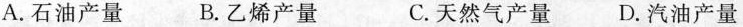
A.石油产量 B.乙烯产量 C.天然气产量D.汽油产量